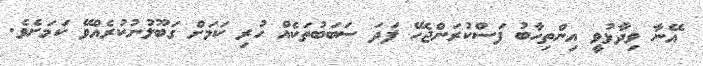
އޭނާ ވިދާޅުވީ އިންތިހާބު ފަސްކުރަންޖެހޭ ފަދަ ސަބަބުތަކެއް ހުރި ކަމަށް ގަބޫލުނުކުރެއްވޭ ކަމަށެވެ.